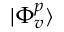
| \Phi _ { v } ^ { p } \rangle